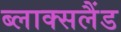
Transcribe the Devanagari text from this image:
ब्लाक्सलैंड